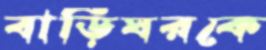
বাড়িঘরকে